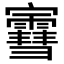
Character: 𫴤